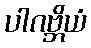
ပါဂဗ္ဘိယံ